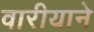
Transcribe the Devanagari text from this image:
वारीयाने